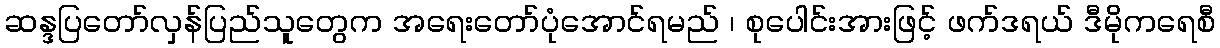
ဆန္ဒပြတော်လှန်ပြည်သူတွေက အရေးတော်ပုံအောင်ရမည် ၊ စုပေါင်းအားဖြင့် ဖက်ဒရယ် ဒီမိုကရေစီ